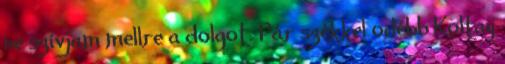
ne szívjam mellre a dolgot. Pár székkel odébb Koltay